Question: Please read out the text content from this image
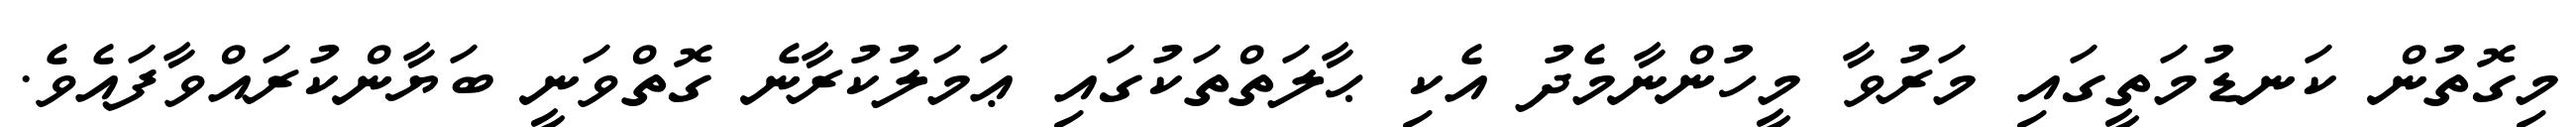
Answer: މިގޮތުން ކަނޑުމަތީގައި މަރުވާ މީހުންނާމެދު އެކި ޙާލަތްތަކުގައި ޢަމަލުކުރާނެ ގޮތްވަނީ ބަޔާންކުރައްވާފައެވެ.